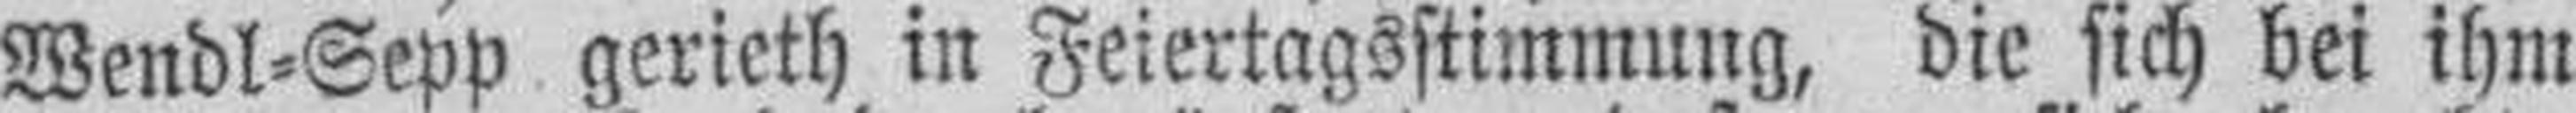
Wendl=Sepp gerieth in Feiertagsstimmung, die sich bei ihm